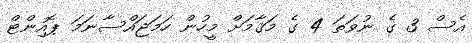
އެސް 3 ގެ ނުވަތަ 4 ގެ މަޤާމަށް މީހުން ހަމަޖައްސާނަމަ ޕޮއިންޓް